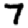
Digit: 7